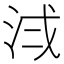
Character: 𪵷